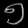
Digit: ၅